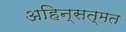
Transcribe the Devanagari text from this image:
अहिन्सत्मत